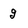
Character: g